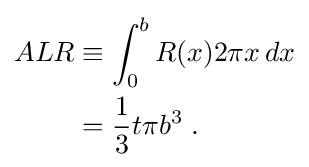
{\begin{aligned}ALR&{}\equiv \int _{0}^{b}R(x)2\pi x\,dx\\&{}={\frac {1}{3}}t\pi b^{3}\;.\end{aligned}}